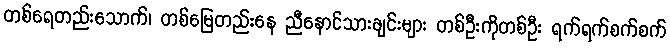
တစ်ရေတည်းသောက်၊ တစ်မြေတည်းနေ ညီနောင်သားချင်းများ တစ်ဦးကိုတစ်ဦး ရက်ရက်စက်စက်